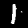
Digit: 1